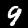
Label: 9